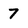
Character: 7